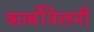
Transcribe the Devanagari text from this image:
कार्बोनेलनी